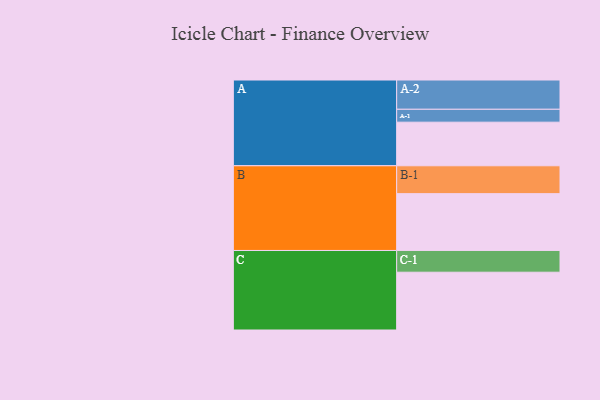
{"axis": {"x": "Segment", "y": "Value"}, "legend": ["", "A", "B", "C"], "data": [{"x": "A", "y": 405, "type": ""}, {"x": "B", "y": 528, "type": ""}, {"x": "C", "y": 537, "type": ""}, {"x": "A-1", "y": 120, "type": "A"}, {"x": "A-2", "y": 272, "type": "A"}, {"x": "B-1", "y": 259, "type": "B"}, {"x": "C-1", "y": 202, "type": "C"}]}